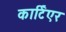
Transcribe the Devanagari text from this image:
कार्टिएर